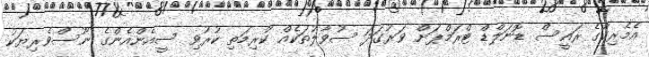
އެމެރިކާގެ ރައީސް ޑޮނަލްޑް ޓްރަމްޕަށް ވަރުގަދަ ސުވާލުތަކެއް ކުރިމަތި ކުރުވި ސީއެންއެންގެ ނޫސްވެރިޔަކު